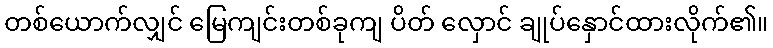
တစ်ယောက်လျှင် မြေကျင်းတစ်ခုကျ ပိတ် လှောင် ချုပ်နှောင်ထားလိုက်၏။